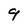
Character: 9